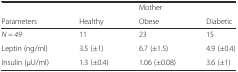
<table><thead><tr><td></td><td></td><td><b>Mother</b></td><td></td></tr><tr><td><b>Parameters</b></td><td><b>Healthy</b></td><td><b>Obese</b></td><td><b>Diabetic</b></td></tr></thead><tbody><tr><td><i>N = 49</i></td><td>11</td><td>23</td><td>15</td></tr><tr><td>Leptin (ng/ml)</td><td>3.5 (±1)</td><td>6.7 (±1.5)</td><td>4.9 (±0.4)</td></tr><tr><td>Insulin (μU/ml)</td><td>1.3 (±0.4)</td><td>1.06 (±0.08)</td><td>3.6 (±1)</td></tr></tbody></table>